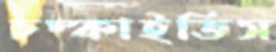
চম্‌কাইতিস